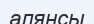
алянсы